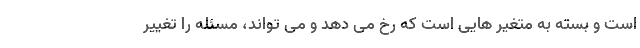
است و بسته به متغیر هایی است که رخ می دهد و می تواند، مسئله را تغییر